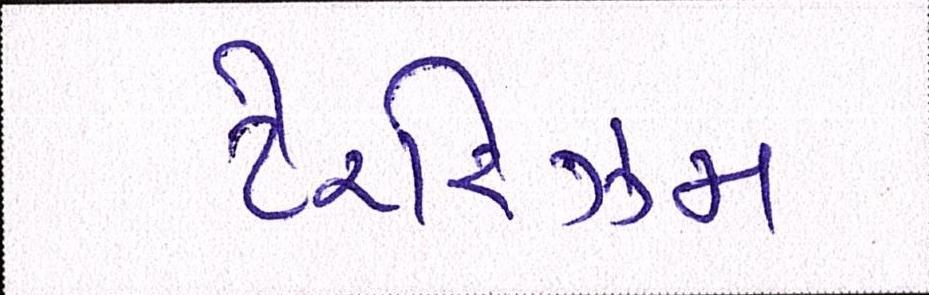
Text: ટેરરિઝમ